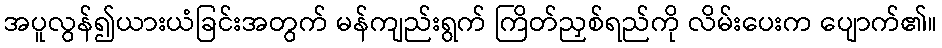
အပူလွန်၍ယားယံခြင်းအတွက် မန်ကျည်းရွက် ကြိတ်ညှစ်ရည်ကို လိမ်းပေးက ပျောက်၏။